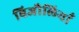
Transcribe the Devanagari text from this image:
बिजौलियाँ